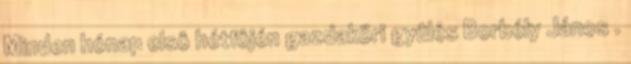
Minden hónap elsô hétfôjén gazdaköri gyûlés Borbély János .